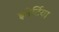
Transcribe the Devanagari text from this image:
इनेर्टिया